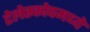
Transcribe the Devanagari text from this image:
टेलेस्कोपमध्ये